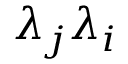
\lambda _ { j } \lambda _ { i }